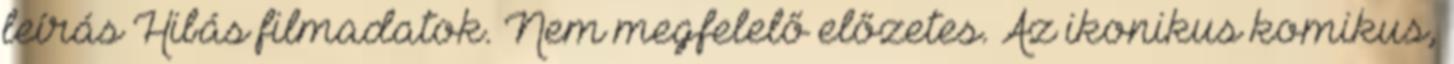
leírás Hibás filmadatok. Nem megfelelő előzetes. Az ikonikus komikus,